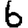
Digit: 6